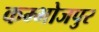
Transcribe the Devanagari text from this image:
कम्भोजपुर